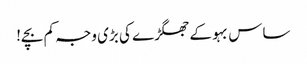
ساس بہو کے جھگڑے کی بڑی وجہ کم بچے!